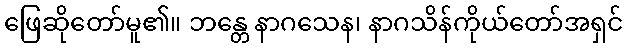
ဖြေဆိုတော်မူ၏။ ဘန္တေ နာဂသေန၊ နာဂသိန်ကိုယ်တော်အရှင်